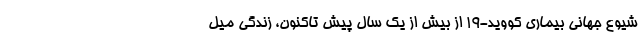
شیوع جهانی بیماری کووید-۱۹ از بیش از یک سال پیش تاکنون، زندگی میل